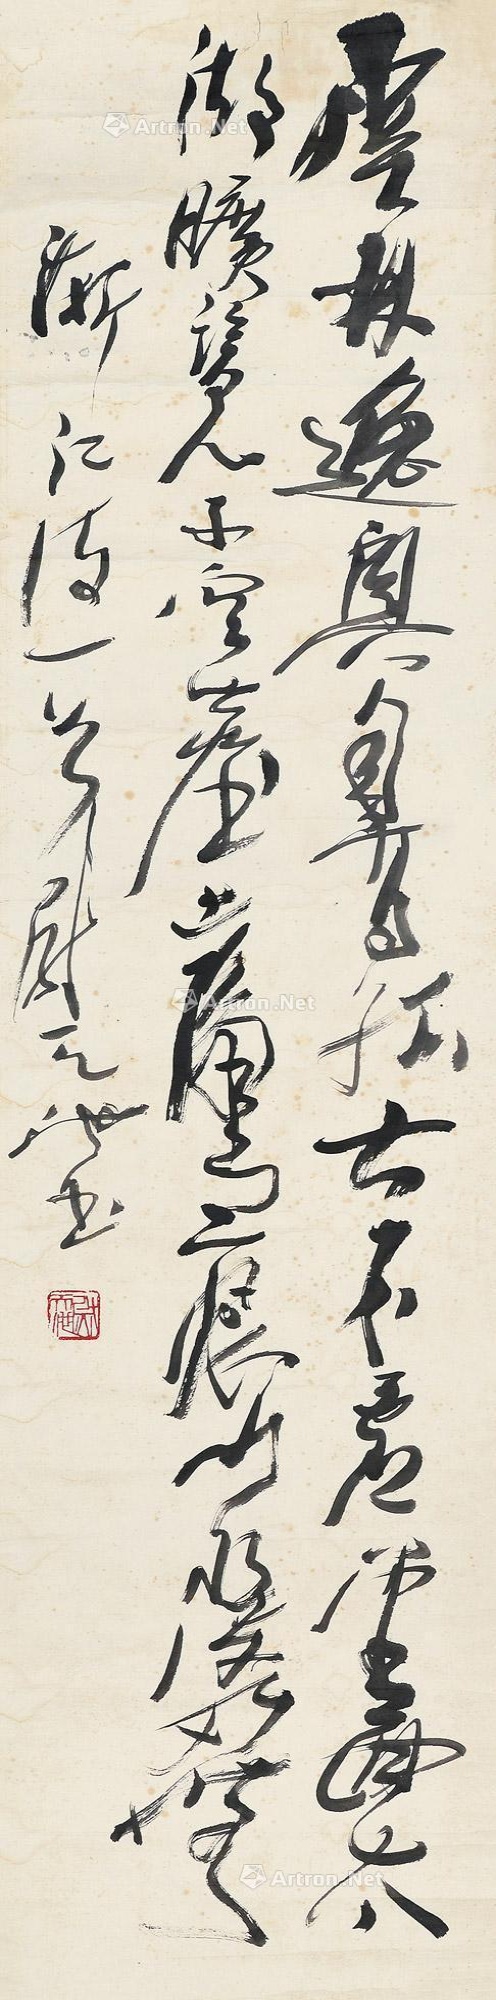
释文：云林逸兴自高孤，古木虚堂面太湖。旷览不容尘土隔，一痕山水度淡无。渐江诗一首。尉天池书。